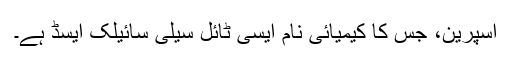
اسپرین، جس کا کیمیائی نام ایسی ٹائل سیلی سائیلک ایسڈ ہے۔